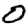
Digit: 0